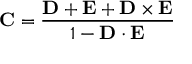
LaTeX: { \bf C } = { \frac { \bf D + E + D \times E } { 1 - { \bf D \cdot E } } }